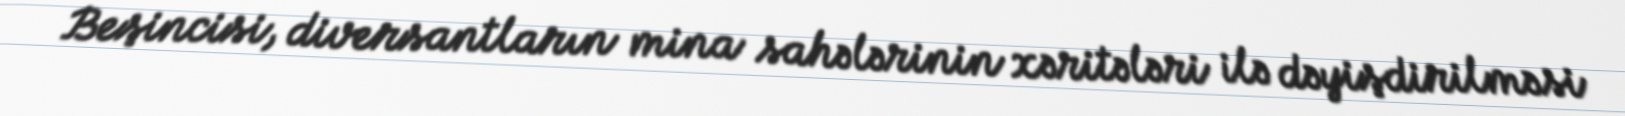
Beşincisi, diversantların mina sahələrinin xəritələri ilə dəyişdirilməsi